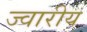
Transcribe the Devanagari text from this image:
ज्‍वारीय